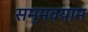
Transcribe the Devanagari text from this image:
सम्मवयाम